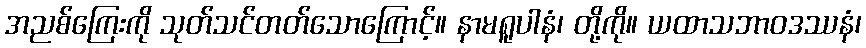
အညစ်ကြေးကို သုတ်သင်တတ်သောကြောင့်။ နာမရူပါနံ၊ တို့ကို။ ယထာသဘာဝဒဿနံ၊